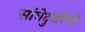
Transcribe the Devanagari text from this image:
सांधेदुखीची